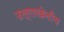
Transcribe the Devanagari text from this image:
उल्‍लखेनीय